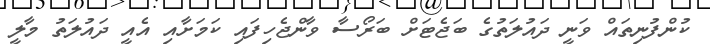
ކުންފުނިތައް ވަނީ ދައުލަތުގެ ބަޖެޓަށް ބަރޯސާ ވާންޖެހިފައި ކަމަށާއި އެއީ ދައުލަތު މާލީ